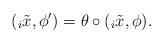
LaTeX: \begin{align*}({}_i \tilde x,\phi')= \theta \circ ({}_i \tilde x, \phi). \end{align*}